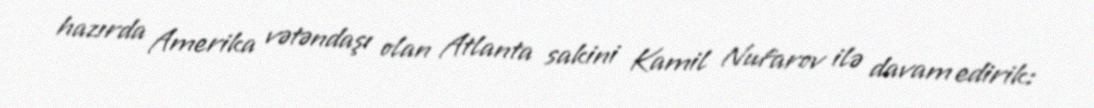
hazırda Amerika vətəndaşı olan Atlanta sakini Kamil Nufarov ilə davam edirik: